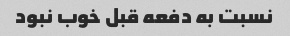
نسبت به دفعه قبل خوب نبود